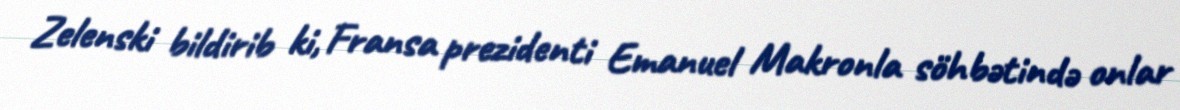
Zelenski bildirib ki, Fransa prezidenti Emanuel Makronla söhbətində onlar